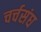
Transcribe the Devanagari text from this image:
चर्चसंघ